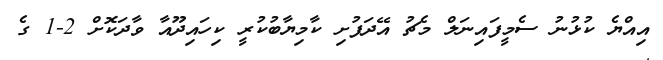
އިއްޔެ ކުޅުނު ސެމީފައިނަލް މެޗު އޭދަފުށި ކާމިޔާބުކުރީ ކިހައިދޫއާ ވާދަކޮށް 2-1 ގެ